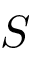
\boldsymbol { S }